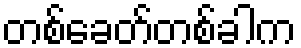
တစ်ခေတ်တစ်ခါက